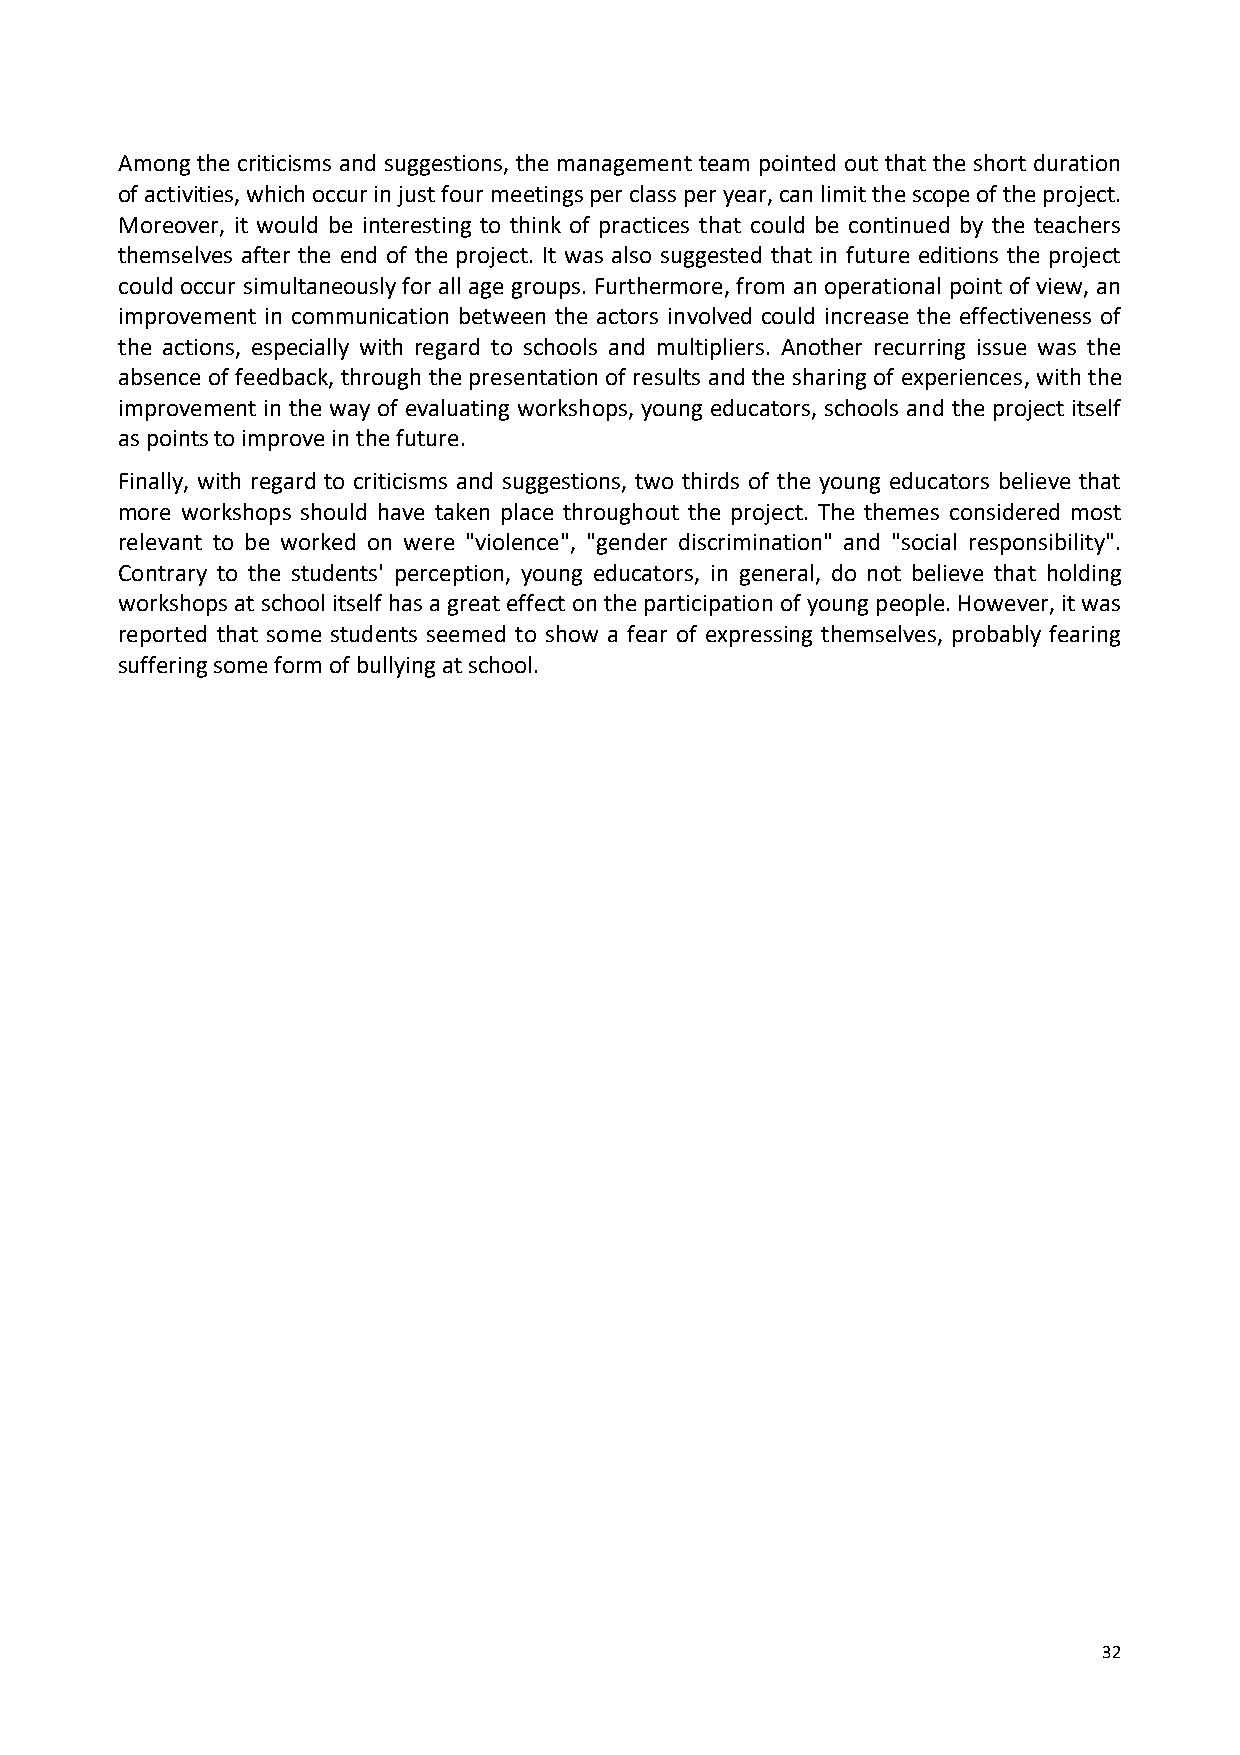
Among the criticisms and suggestions, the management team pointed out that the short duration
 of activities, which occur in just four meetings per class per year, can limit the scope of the project.
 Moreover, it would be interesting to think of practices that could be continued by the teachers
 themselves after the end of the project. It was also suggested that in future editions the project
 could occur simultaneously for all age groups. Furthermore, from an operational point of view, an
 improvement in communication between the actors involved could increase the effectiveness of
 the actions, especially with regard to schools and multipliers. Another recurring issue was the
 absence of feedback, through the presentation of results and the sharing of experiences, with the
 improvement in the way of evaluating workshops, young educators, schools and the project itself
 as points to improve in the future.
 Finally, with regard to criticisms and suggestions, two thirds of the young educators believe that
 more workshops should have taken place throughout the project. The themes considered most
 relevant to be worked on were "violence", "gender discrimination" and "social responsibility".
 Contrary to the students' perception, young educators, in general, do not believe that holding
 workshops at school itself has a great effect on the participation of young people. However, it was
 reported that some students seemed to show a fear of expressing themselves, probably fearing
 suffering some form of bullying at school.
 32